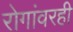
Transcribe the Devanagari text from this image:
रोगांवरही